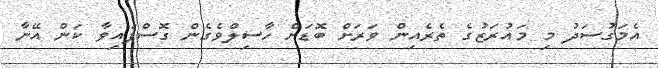
އެމަގުސަދު މި މައުރަޒުގެ ތެރެއިން ވަރަށް ބޮޑަށް ހާސިލްވެގެން ގޮސްފައިވާ ކަން އޭނާ